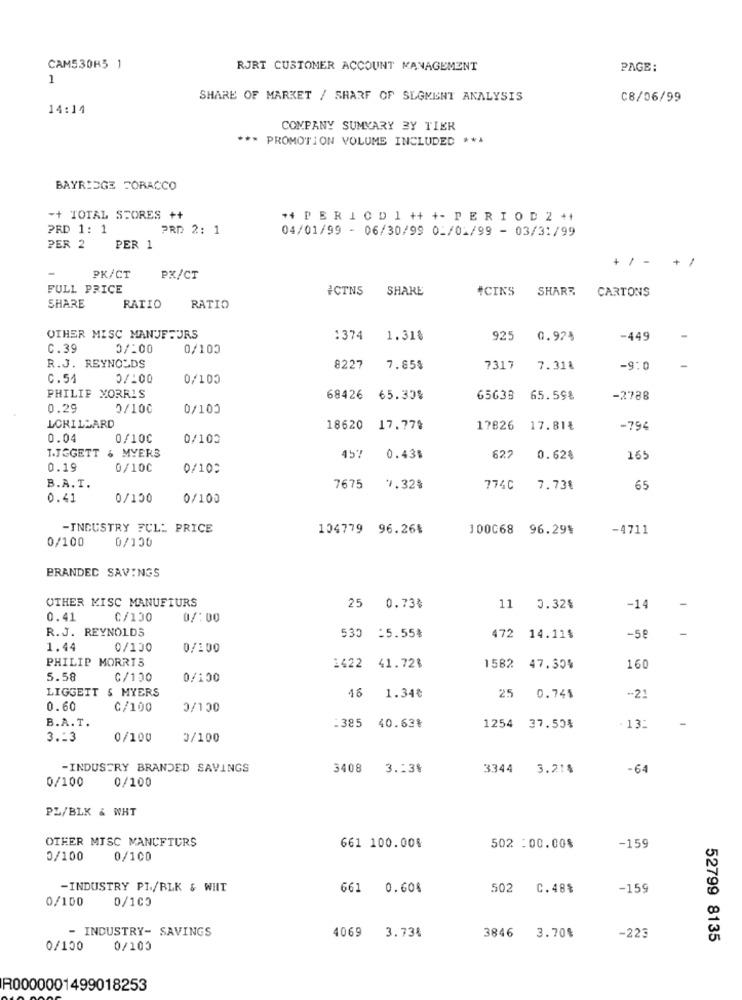
CAM530H5 1
RJRT CUSTOMER ACCOUNT MANAGEMENT
PAGE:
1
SHARE OF MARKET / SHARF OF SEGMENT ANALYSIS
C8/06/99
14:14
COMPANY SUMMARY BY TIER
*** PROMOTION VOLUME INCLUDED ***
BAYRIDGE FORACCO
++ TOTAL STORES ++
++ PER IC D 1 ++ +- P E R I O D 2 ++
PRD 1: 1
PRD 2: 1
04/01/99 - 06/30/99 02/01/99 - 03/31/99
PER 2
PER
+ / - +/
PK/CT
PX/CT
FULL PRICE
ICTNS
SHARE
#CINS
SHARE
CARTONS
SHARE
RATIO
RATIO
OTHER MISC MANJFFURS
:374
1.31%
925
0.92%
-449
C.39
0/:00
0/100
R.J. REYNOLDS
8227
7.85%
7317
7.318
-9:0
C.54
0/100
0/100
PHILIP MORRIS
68426
65.30%
65633
65.59%
-2788
0.29
0/100
0/100
LORILLARD
18620 17.77%
17826 17.81₺
-794
0.04
0/100
0/100
T.JEGETT & MYERS
457
0.43B
627
0.628
165
0.19
0/100
0/100
B.A. T.
7675
7.32%
774C
7.73%
65
0.41
0/150
0/100
-INDUSTRY FULL PRICE
104779 96.26%
100068 96.29%
-4711
0/100
0/130
BRANDED SAVINGS
OTHER MISC MANUFTURS
25 0.73%
11
3.32%
-14
0.41
C/100
0/:00
R.J. REYNOLDS
530 :5.55%
472 14.11$
-5€
1.44
0/100
0/100
PHILIP MORRIS
1422 41.72%
1582 47.30%
16
5.58
C/100
0/100
LIGGETT & MYERS
46 1.34€
25
0.74$
-- 21
0.60
C/100
0/100
B.A. T.
. 13:
:385 40.63%
1254 37.50%
3.13
0/100
0/100
-INDUSTRY BRANDED SAVINGS
3408
3.13%
3344
3.21%
-64
0/100
0/100
PL/BLK & WHT
OTEER MISC MANCFTURS
661 100.00%
502 : 00.00%
-159
0/100
0/100
-INDUSTRY PI/BLK & WHT
661 0.60%
502
C.48%
-159
0/100
0/100
- INDUSTRY- SAVINGS
4069
3.734
3846
3.70%
-223
52799 8135
0/100
0/100
R0000001499018253